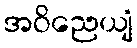
အဝိညေယျံ